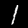
Digit: 1